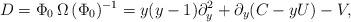
LaTeX: \begin{align*} D=\Phi_0\, \Omega \,(\Phi_0)^{-1}=y(y-1)\partial_{y}^2+\partial_y(C-yU)-V, \end{align*}